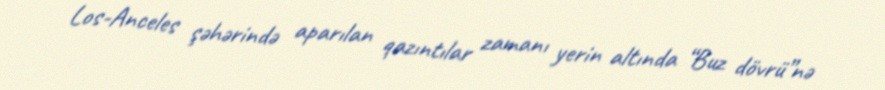
Los-Anceles şəhərində aparılan qazıntılar zamanı yerin altında “Buz dövrü”nə